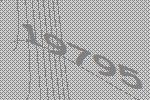
19795